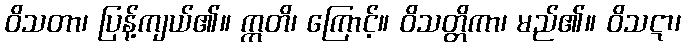
ဝိသတာ၊ ပြန့်ကျယ်၏။ ဣတိ၊ ကြောင့်။ ဝိသတ္တိကာ၊ မည်၏။ ဝိသဋာ၊